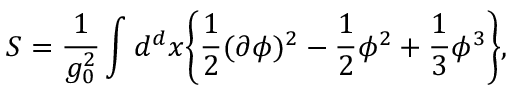
S = \frac { 1 } { g _ { 0 } ^ { 2 } } \int d ^ { d } x \bigg \{ \frac { 1 } { 2 } ( \partial \phi ) ^ { 2 } - \frac { 1 } { 2 } \phi ^ { 2 } + \frac { 1 } { 3 } \phi ^ { 3 } \bigg \} ,